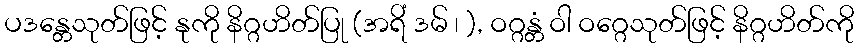
ပဒန္တေသုတ်ဖြင့် နုကို နိဂ္ဂဟိတ်ပြု (အရိံ ဒမ် ၊ ), ဝဂ္ဂန္တံ ဝါ ဝဂ္ဂေသုတ်ဖြင့် နိဂ္ဂဟိတ်ကို